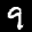
Label: 9